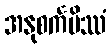
အနုစင်္ကမိဿံ